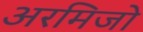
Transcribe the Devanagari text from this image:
अरमिजो